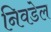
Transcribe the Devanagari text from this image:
निवडेल